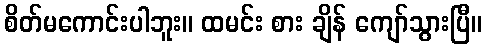
စိတ်မကောင်းပါဘူး။ ထမင်း စား ချိန် ကျော်သွားပြီ။